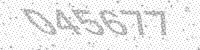
Solution: 045677